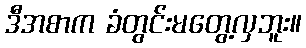
ဒီအစာက ခံတွင်းမတွေ့လှဘူး။